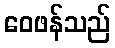
ဝေဖန်သည်